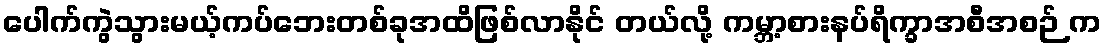
ပေါက်ကွဲသွားမယ့်ကပ်ဘေးတစ်ခုအထိဖြစ်လာနိုင် တယ်လို့ ကမ္ဘာ့စားနပ်ရိက္ခာအစီအစဉ် က